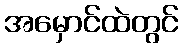
အမှောင်ထဲတွင်